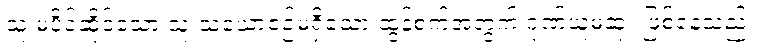
သူ မပိုင်ဆိုင်သော သူ သံယောဇဉ်မရှိသော ထွန်စက်အတွက် ဂုဏ်ယူမဆုံး ဖြစ်နေသည်။